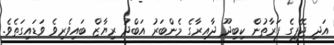
އަދި ޖޭޕީގެ ފަރާތުން ކިބިދޫ ދާއިރާގެ މެންބަރު އަބްދު ރިޔާޒް ބައިވެރިވެ ވަޑައިގަތެވެ.